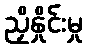
ညှိနှိုင်းမှု